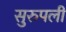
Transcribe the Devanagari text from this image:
सुरुपली